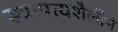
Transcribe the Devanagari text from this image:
स्थापत्यशैलीने